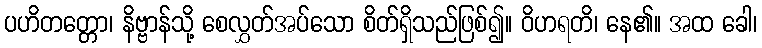
ပဟိတတ္တော၊ နိဗ္ဗာန်သို့ စေလွှတ်အပ်သော စိတ်ရှိသည်ဖြစ်၍။ ဝိဟရတိ၊ နေ၏။ အထ ခေါ၊